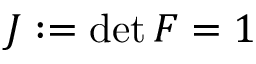
J : = \operatorname* { d e t } { \boldsymbol { F } } = 1